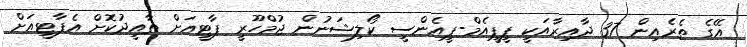
އޭގެ ތެރެއިން 37 ދާއިރާއަކީ ޕީޕީއެމް-ޕީއެންސީ ކޯލިޝަނުން ޖުމްހޫރީ ޕާޓީއަށް ތާއީދުކޮށް އެޕާޓީއަށް